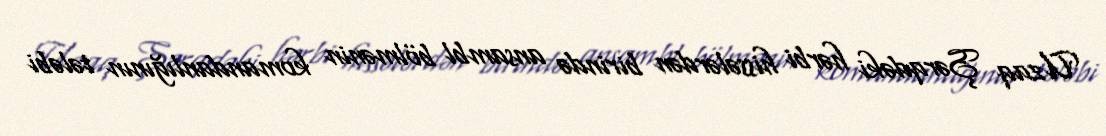
Uzaq Şərqdəki hərbi hissələrdən birində ansambl bölmənin komandanlığının tələbi